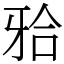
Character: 𬌗